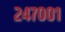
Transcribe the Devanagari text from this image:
२४७००१